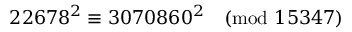
2 2 6 7 8 ^ { 2 } \equiv 3 0 7 0 8 6 0 ^ { 2 } { \pmod { 1 5 3 4 7 } }